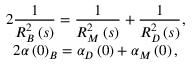
\begin{array} { c } { { \displaystyle 2 \frac 1 { R _ { B } ^ { 2 } \left( s \right) } = \frac 1 { R _ { M } ^ { 2 } \left( s \right) } + \frac 1 { R _ { D } ^ { 2 } \left( s \right) } , } } \\ { { \displaystyle 2 \alpha \left( 0 \right) _ { B } = \alpha _ { D } \left( 0 \right) + \alpha _ { M } \left( 0 \right) , } } \end{array}